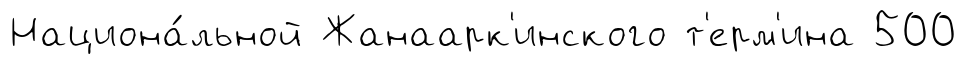
Национа́льной Жанаарк'инского т'ерм'ина 500